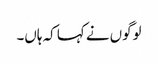
لوگوں نے کہا کہ ہاں۔